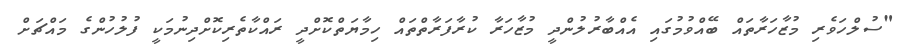
"ސުލްހަވެރި މުޒާހަރާތައް ބޭއްވުމުގައި އެއްބާރުލުންދީ މުޒާހަރާ ކުރާފަރާތްތައް ހިމާޔަތްކޮށްދީ ރައްކާތެރިކޮށްދިނުމަކީ ފުލުހުންގެ މައްޗަށް